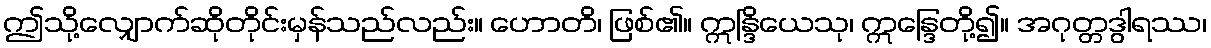
ဤသို့လျှောက်ဆိုတိုင်းမှန်သည်လည်း။ ဟောတိ၊ ဖြစ်၏။ ဣန္ဒြိယေသု၊ ဣန္ဒြေတို့၍။ အဂုတ္တဒွါရဿ၊